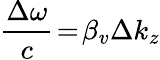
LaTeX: \frac{\Delta\omega}{c}\! =\! \beta_{v}\Delta k_{z}